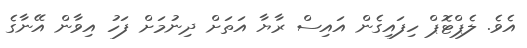
އެވެ. ލެޕްޓޮޕް ހިފައިގެން އައިސް ރާޔާ އަތަށް ދިނުމަށް ފަހު އިވާން އޭނާގެ